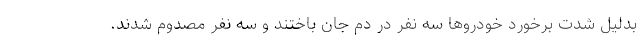
بدلیل شدت برخورد خودروها سه نفر در دم جان باختند و سه نفر مصدوم شدند.